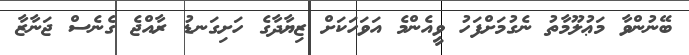
ބޭނުންވާ މަޢުލޫމާތު ނެގުމަށްފަހު ވީއެންމެ އަވަހަކަށް ޒިޔާދާގެ ހަށިގަނޑު ރާއްޖެ ގެނެސް ޖަނާޒާ